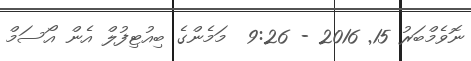
ނޮވެމްބަރު 15